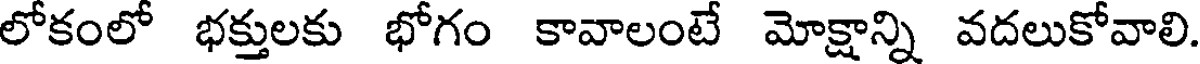
లోకంలో భక్తులకు భోగం కావాలంటే మోక్షాన్ని వదలుకోవాలి.